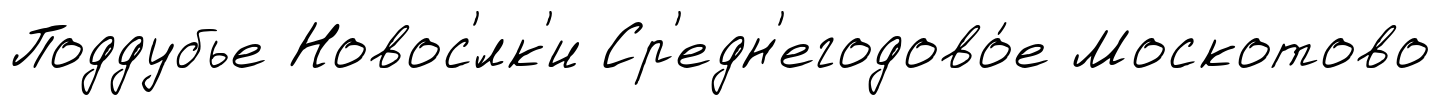
Поддубье Новос'́лк'и Ср'едн'егодово́е Москотово